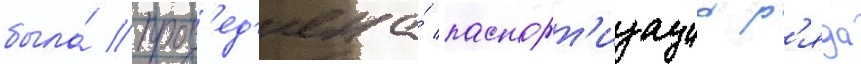
была́ пров'ед'ена́ паспорт'изациа р'яда